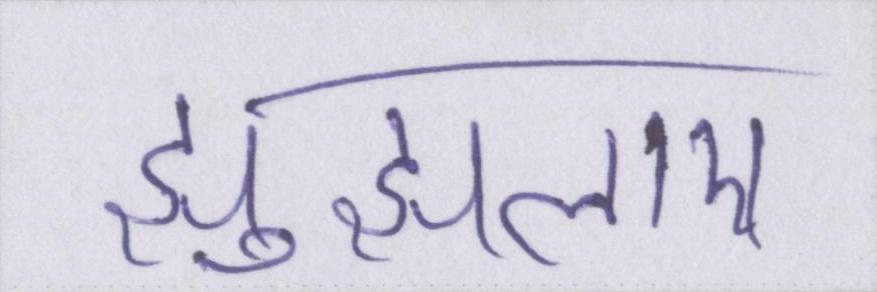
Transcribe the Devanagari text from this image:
झुंझलाए